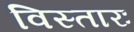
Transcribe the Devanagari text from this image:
विस्तारः